Annual report on the lock hospitals of the Madras Presidency
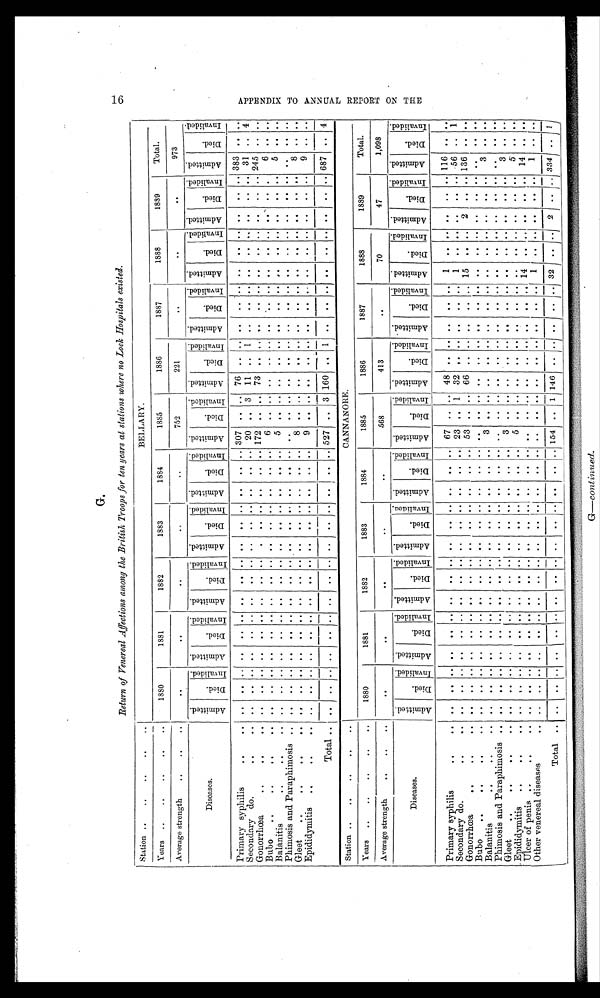
Return of Venereal Affections amony the British Troops for ten years at stations where no Lock Hospitals existed.
Station
BELLARY.
Years
1880
1881
1882
1883
1884
1885
1886
1887
1888
1889
Total.
Average strength
. .
. .
. .
. .
. .
752
221
. .
. .
. .
973
Diseases..
A d m i t t e d .
D i e d .
I n v a l i d e d .
A d m i t t e d .
D i e d .
I n v a l i d e d . A d m i t t e d .
D i e d .
I n v a l i d e d . A d m i t t e d .
D i e d .
I n v a l i d e d . A d m i t t e d .
D i e d .
I n v a l i d e d . I n v a l i d e d .
D i e d .
I n v a l i d e d .
A d m i t t e d .
D i e d .
I n v a l i d e d . A d m i t t e d .
Di e d .
I n v a l i d e d .
A d m i t t e d . A d m i t t e d .
D i e d .
I nval i ded. A d m i t t e d .
D i e d .
I n v a l i d e d .
A d m i t t e d .
Di ed.
I n v a l i d e d .
Primary syphilis
. . . .
.. ..
. . . . ..
. .
.. .. ..
. . .. ..
.. .. 307
.. . . 76
. . ..
. .
..
. .
. .
..
. . ..
.. .. 383 ..
. .
Secondary do.
. . ..
.. ..
. . .. ..
. .
.. .. ..
. . .. ..
.. .. 20
.. 3 11 .. 1
. . ..
. .
. .
. .
..
. . ..
.
3 1 .. 4
Gonorrhea
. . . .
.. ..
. . . . ..
. .
.. ..
. .
. . .. ..
. . .. 172
..
. . 73 .. ..
. .
..
. . .. .. .. .. .. ...
2 4 5 ..
. .
Bubo
. . . .
. . ..
. . . . ..
. .
.. .. ..
. . .. . . . .
.. ..
6
. .
. .
. .
. . .. . .
. .
. .
. .
. . ..
. . • . . ..
6 ..
. .
Balanitis
. . . . . .
. . ..
. . . . .. . .
.. .. ..
. . .. . . .
.. ..
5
..
. . . .
. . ..
. .
.
. .
. . .
.. ..
..
.. ..
5 ..
. .
Phimosis and Paraphimosis
. . ..
.. ..
. . ..
.. .. ..
.. ..
. .
.. .. . .
..
. . ..
. . .. . .
. .
. . .
. .
. . ..
..
. . ..
. .
..
. .
Gleet
. . ..
.. ..
. . .. ..
. .
.. .. ..
.. .. ..
.. ..
8
.. .. .. ... ..
. .
..
. .
. .
.. ..
..
.. ..
8 ..
. .
Epididymitis
. . . .
.. ..
. . . . ..
. .
. . .. ..
. . .. ..
. . ..
9 ..
. .
..
.. ..
. .
. . . .
. .
. .
.. ..
.. .. ..
..
. .
Total
. . . .
.. ..
. . .. ..
. .
.. .. ..
.. .. ..
.. ..
5 2 7 .. 3 160
. . 1 .. .. ..
. .
.. ..
..
.. .. 687 .. 4
Station
CANNANORE.
Years
1880
1881
1882
1883
1884
1885
1886
1887
1888
1889
Total.
Average strength
. .
. .
. .
. .
. . 568
413
. .
70
47
1,098
Diseases.
A d m i t t e d .
D i e d .
I n v a l i d e d .
A d m i t t e d .
D i e d .
I n v a l i d e d . A d m i t t e d .
D i e d .
I n v a l i d e d . A d m i t t e d .
D i e d .
I n v a l i d e d . A d m i t t e d .
D i e d .
I n v a l i d e d .
A d m i t t e d .
D i e d .
I n v a l i d e d . A d m i t t e d .
Di e d .
I nval i ded. A d m i t t e d .
Di e d .
I n v a l i d e d .
A d m i t t e d .
Di e d .
I n v a l i d e d . A d m i t t e d .
Di e d .
I nval i ed.
A d m i t t e d .
Di ed.
I n v a l i d e d .
Primary syphilis
. .
. .
. . .. ..
. .
. .
. . . . .. .. .. ..
. . .. 67
..
. . 48
.. ..
. .
..
. . 1
.. ..
..
.. .. 116 ..
. .
Secondary do.
. .
. .
. . . .
. .
. . . .
. .
. . . .
. .
. . . .
. . .. 23 .. 1 32
.. ..
. .
.. . . 1
. . ..
..
.. ..
5 6 ..
. .
Gonorrhœa
. .
. .
. . . . .
. .
. . . .
. . . . . .
. .
. . . .
. . .. 53
.. . . 66 .. ..
. . . ..
. . 1
.. .. ..
.. ..
1 3 6 . . ..
. .
Bubo
. .
. .
. . . .
. .
. . . .
. .
. . . .
. .
. . . .
. . ..
. .
. .
. . . .
. . ..
. .
..
. .
. .
.. .. ..
.. ..
. .
..
. .
Balanitis
. .
. .
. . . .
. .
. . . .
. . .
. . . .
.
. . . .
. . ..
3
..
. . ..
.. ..
. .
..
. . . .
.. ..
..
.. ..
. 3 . ..
. .
Phimosis and Paraphimosis .. .. .. .. ..
. .
. . . .
. .
. . . .
. .
. . . .
. . ..
. .
..
. . ..
.. ..
. .
..
. . . .
.. ..
..
.. ..
..
..
. .
Gleet
. . . . . .
. . . .
. . . . . .
. .
. . . .
. .
. . . .
. .
. . . .
. . ..
3
..
. . ..
.. ..
. .
..
. .
. .
.. ..
..
.. ..
3 ...
.
. Epididymitis
..
. . . .
. . . .
. . . .
. .
. . . .
. .
. . . .
. .
. . . .
. . ..
5 ..
. . ..
.. ..
. .
. .
. .
. .
. . ..
..
.. ..
5 ..
. .
Ulcer of penis
. . . .
. .
. . . .
. .
. . . .
. .
. .
. .
. .
. . . .
. . ..
. .
. .
. .
. .
. . .. . .
. .
. . 14
.. ..
..
.. ..
14
..
. .
Other venereal diseases
. . . .
. .
. . . .
. .
. . . .
. .
. .
. .
. .
. . . .
. . ..
. .
. .
. . . .
. . ..
. .
. .
. .
1 .. ..
..
.. .. 1
..
. .
Total
. . .. .. .. ..
. . . .
. .
. . . .
. .
. . . .
. .
. .
..
1 5 4
..
1 146 .. ..
. .
..
. .
3 2
..
.. .. ..
.. 334 ..
1
A P P E N D I X T O A N N U A L R E P O R T O N T H E G .
G—continued.